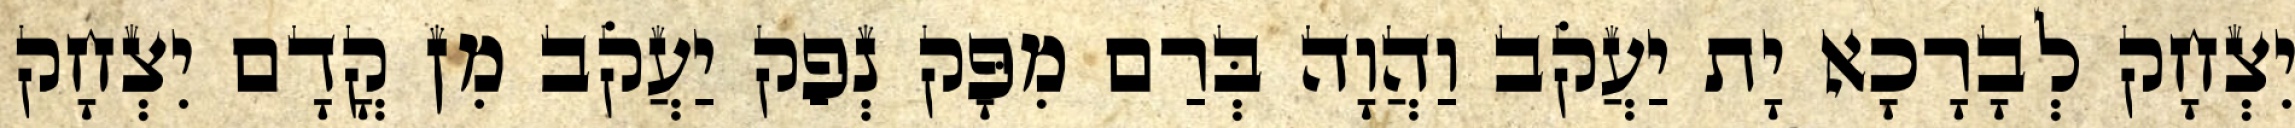
יִצְחָק לְבָרָכָא יָת יַעֲקֹב וַהֲוָה בְּרַם מִפָּק נְפַק יַעֲקֹב מִן קֳדָם יִצְחָק